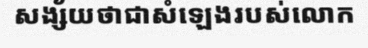
សង្ស័យថាជាសំឡេងរបស់លោក